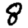
Digit: 8